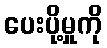
ပေးပို့မှုကို